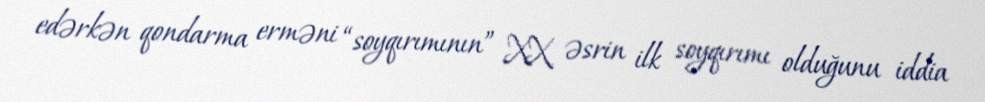
edərkən qondarma erməni “soyqırımının” XX əsrin ilk soyqırımı olduğunu iddia